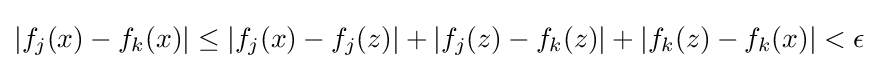
|f_{j}(x)-f_{k}(x)|\leq |f_{j}(x)-f_{j}(z)|+|f_{j}(z)-f_{k}(z)|+|f_{k}(z)-f_{k}(x)|<\epsilon